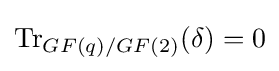
\operatorname {Tr} _{GF(q)/GF(2)}(\delta )=0